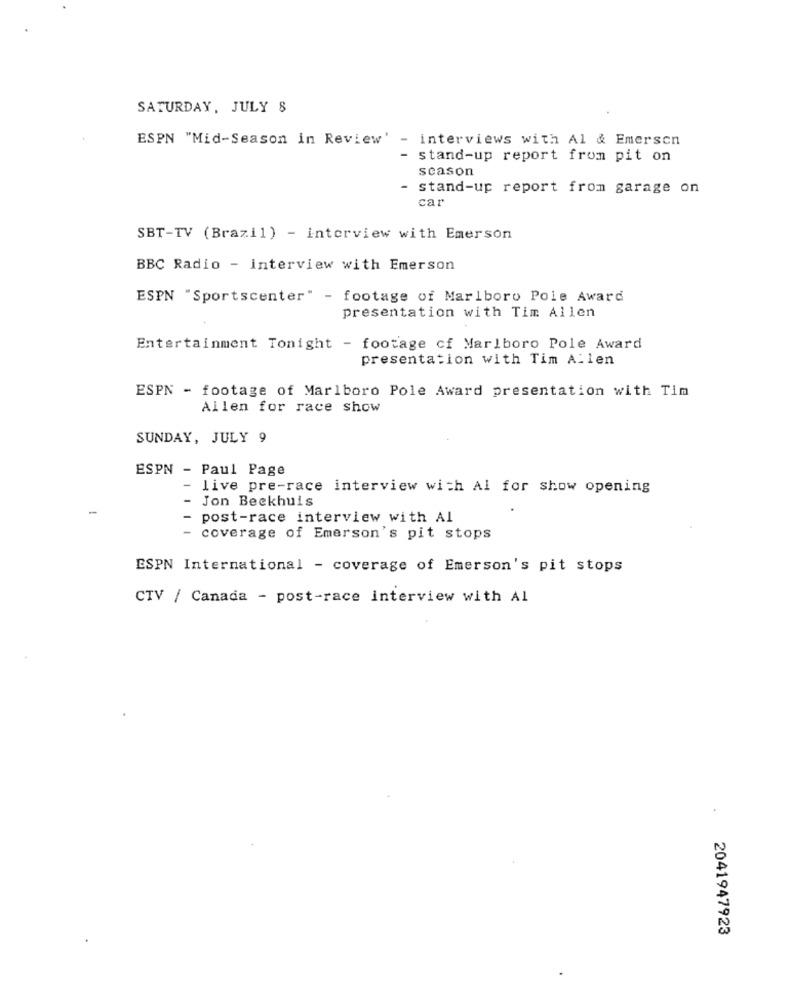
SATURDAY, JULY 8
ESPN "Mid-Season in Review' - interviews with Al & Emerson
- stand-up report from pit on
scason
- stand-up report from garage on
car
SBT-TV (Brazil) - interview with Emerson
BBC Radio - interview with Emerson
ESPN "Sportscenter" - footage of Marlboro Pole Award
presentation with Tim Allen
Entertainment Tonight - footage cf Marlboro Pole Award
presentation with Tim Allen
ESPN - footage of Marlboro Pole Award presentation with Tim
Allen for race show
SUNDAY, JULY 9
ESPN - Paul Page
live pre-race interview with Al for show opening
Jon Beekhuis
post-race interview with Al
coverage of Emerson's pit stops
ESPN International - coverage of Emerson's pit stops
CTV / Canada - post-race interview with Al
2041947923